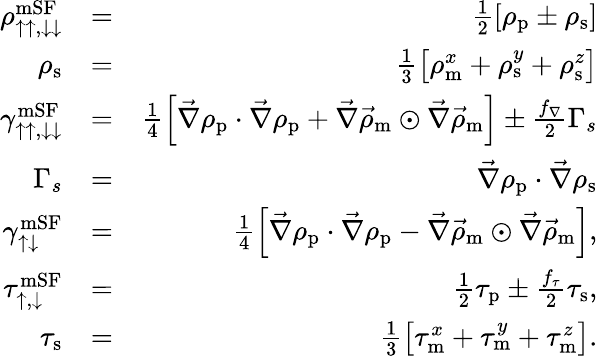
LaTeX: \begin{array}{rlr}{\rho_{\uparrow\uparrow,\downarrow\downarrow}^{\textrm{mSF}}}&{=}&{\frac{1}{2}\left[\rho_{\textrm{p}}\pm\rho_{\textrm{s}}\right]}\\ {\rho_{\textrm{s}}}&{=}&{\frac{1}{3}\left[\rho_{\textrm{m}}^{x}+\rho_{\textrm{s}}^{y}+\rho_{\textrm{s}}^{z}\right]}\\ {\gamma_{\uparrow\uparrow,\downarrow\downarrow}^{\textrm{mSF}}}&{=}&{\frac{1}{4}\left[\vec{\nabla}\rho_{\textrm{p}}\cdot\vec{\nabla}\rho_{\textrm{p}}+\vec{\nabla}\vec{\rho}_{\textrm{m}}\odot\vec{\nabla}\vec{\rho}_{\textrm{m}}\right]\pm\frac{f_{\nabla}}{2}\Gamma_{s}}\\ {\Gamma_{s}}&{=}&{\vec{\nabla}\rho_{\textrm{p}}\cdot\vec{\nabla}\rho_{\textrm{s}}}\\ {\gamma_{\uparrow\downarrow}^{\textrm{mSF}}}&{=}&{\frac{1}{4}\left[\vec{\nabla}\rho_{\textrm{p}}\cdot\vec{\nabla}\rho_{\textrm{p}}-\vec{\nabla}\vec{\rho}_{\textrm{m}}\odot\vec{\nabla}\vec{\rho}_{\textrm{m}}\right],}\\ {\tau_{\uparrow,\downarrow}^{\textrm{mSF}}}&{=}&{\frac{1}{2}\tau_{\textrm{p}}\pm\frac{f_{\tau}}{2}\tau_{\textrm{s}},}\\ {\tau_{\textrm{s}}}&{=}&{\frac{1}{3}\left[\tau_{\textrm{m}}^{x}+\tau_{\textrm{m}}^{y}+\tau_{\textrm{m}}^{z}\right].}\end{array}